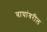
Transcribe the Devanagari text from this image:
वाघांवरील